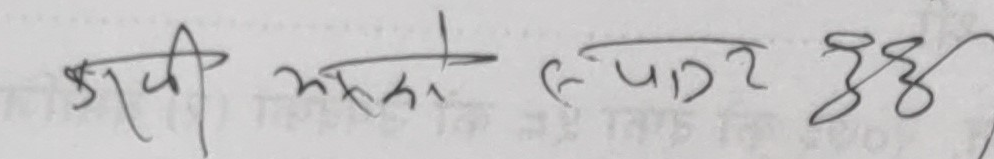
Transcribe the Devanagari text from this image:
ऊपरी अच्छा रुपा२ ३३